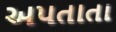
અપતાતા